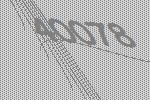
40078